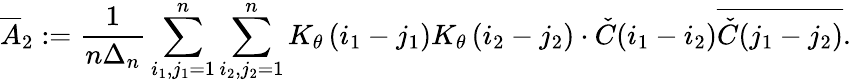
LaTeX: \overline{{A}}_{2}:=\frac{1}{n\Delta_{n}}\sum_{i_{1},j_{1}=1}^{n}\sum_{i_{2},j_{2}=1}^{n}K_{\theta}\left(i_{1}-j_{1}\right)K_{\theta}\left(i_{2}-j_{2}\right)\cdot\check{C}(i_{1}-i_{2})\overline{{\check{C}(j_{1}-j_{2})}}.